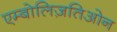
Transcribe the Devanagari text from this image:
एम्बोलिज़तिओन